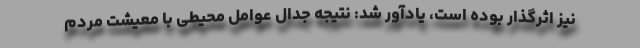
نیز اثرگذار بوده است، یادآور شد: نتیجه جدال عوامل محیطی با معیشت مردم